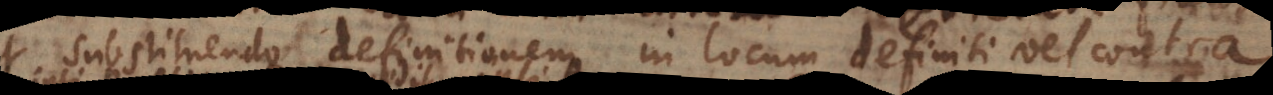
substituendo definitionem in locum definiti vel contra.